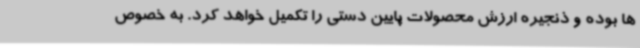
ها بوده و ذنجیره ارزش محصولات پایین دستی را تکمیل خواهد کرد. به خصوص